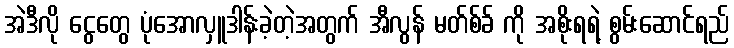
အဲဒီလို ငွေတွေ ပုံအောလှူဒါန်းခဲ့တဲ့အတွက် အီလွန် မတ်စ်ခ် ကို အစိုးရရဲ့ စွမ်းဆောင်ရည်